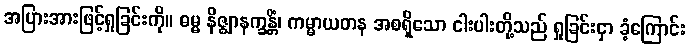
အပြားအားဖြင့်ရှုခြင်းကို။ ဓမ္မ နိဇ္ဈာနက္ခန္တိံ၊ ကမ္မာယတန အစရှိသော ငါးပါးတို့သည် ရှုခြင်းငှာ ခံ့ကြောင်း